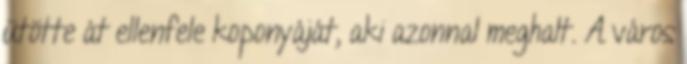
ütötte át ellenfele koponyáját, aki azonnal meghalt. A város